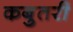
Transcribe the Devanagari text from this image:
कबुतरी